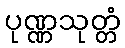
ပုဏ္ဏသုတ္တံ